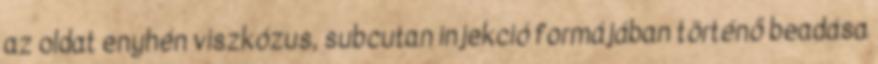
az oldat enyhén viszkózus, subcutan injekció formájában történő beadása